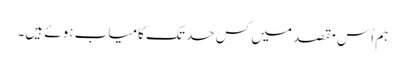
ہم اُس مقصد میں کس حد تک کامیاب ہوئے ہیں۔